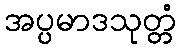
အပ္ပမာဒသုတ္တံ